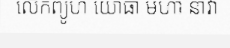
លើកព្យូហ យោធា មហា នាវា